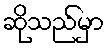
ဆိုသည်မှာ